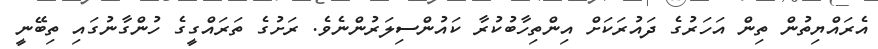
އެރައްޔިތުން ތިން އަހަރުގެ ދައުރަކަށް އިންތިހާބުކުރާ ކައުންސިލަރުންނެވެ. ރަށުގެ ތަރައްގީގެ ހުންގާނުގައި ތިބޭނީ